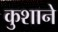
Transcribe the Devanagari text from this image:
कुशाने